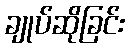
ချုပ်ဆိုခြင်း